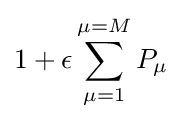
1+\epsilon \sum _{\mu =1}^{\mu =M}P_{\mu }